Trukikaitis_Postimees, lk 43
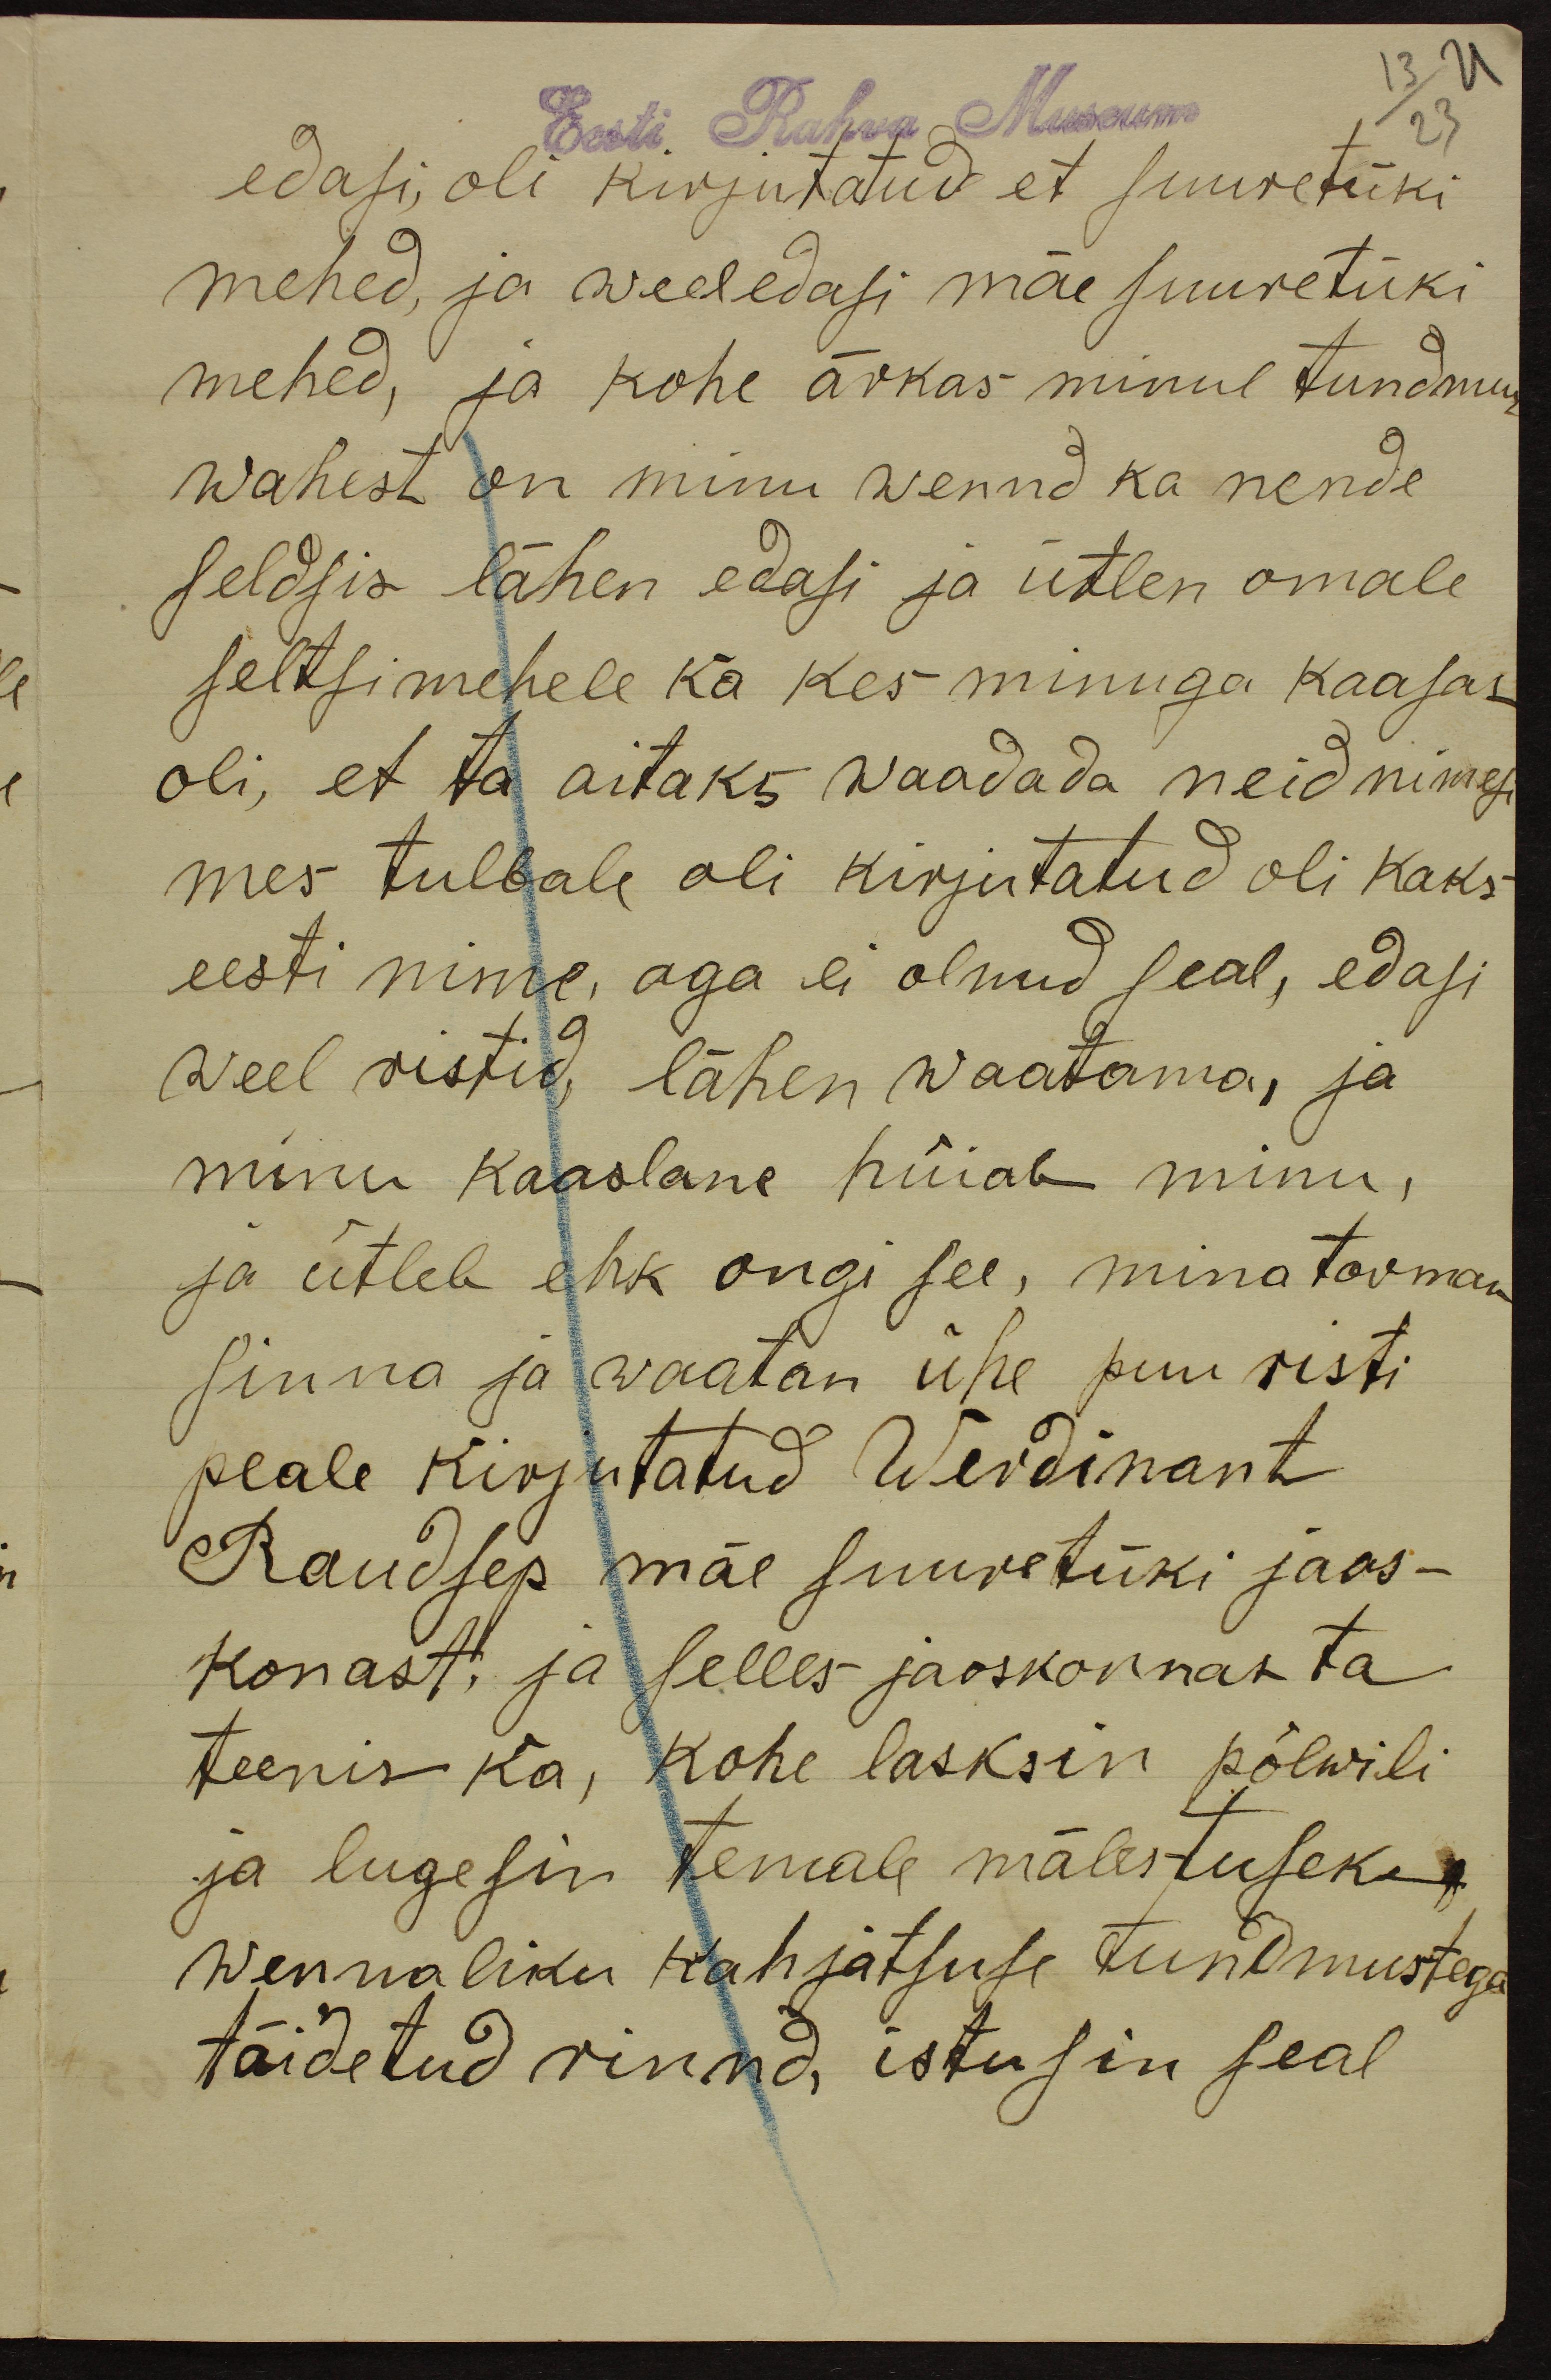
Eesti Rahva Museum
23
edasi, oli kirjutatud et suuretüki
mehed, ja weel edasi mäe suuretüki
mehed, ja kohe ärkas minul tundmus
wahest on minu wennd ka nende
seldsis lähen edasi ja ütlen omale
seltsimehele ka kes minuga kaasas
oli, et ta aitaks waadada neid nimesi
mes tulbale oli kirjutatud oli kaks
eesti nime, aga ei olnud seal, edasi
weel ristid, lähen waatama, ja
minu kaaslane hüiab minu,
ja ütleb ehk ongi see, mina torman
sinna ja waatan ühe puu risti
peale kirjutatud Werdinant
Raudsep mäe suuretüki jaos-
konast, ja selles jaoskonnas ta
teenis ka, kohe lasksin põlwili
ja lugesin temale mälestuseks
wennaliku kahjatsuse tundmustega
täidetud rinnd, istusin seal